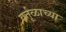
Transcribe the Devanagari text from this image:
वर्तूळाच्या